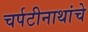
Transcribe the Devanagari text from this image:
चर्पटीनाथांचे